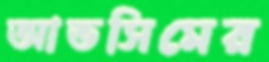
আভসিমের